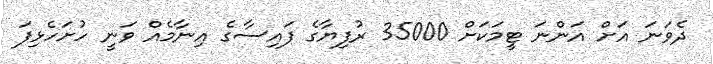
ދެވަނަ އަށް އަންނަ ޓީމަކަށް 35000 ރުފިޔާގެ ފައިސާގެ އިނާމެއް ވަނީ ހުށަހެޅިފަ